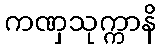
ကဏှသုက္ကာနိ